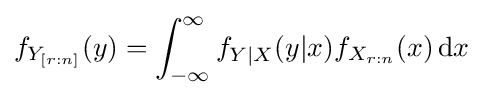
f_{Y_{[r:n]}}(y)=\int _{-\infty }^{\infty }f_{Y\mid X}(y|x)f_{X_{r:n}}(x)\,\mathrm {d} x